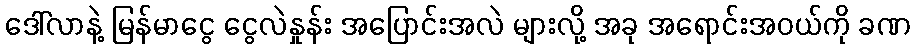
ဒေါ်လာနဲ့ မြန်မာငွေ ငွေလဲနှုန်း အပြောင်းအလဲ များလို့ အခု အရောင်းအဝယ်ကို ခဏ